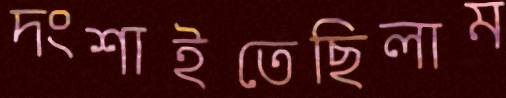
দংশাইতেছিলাম